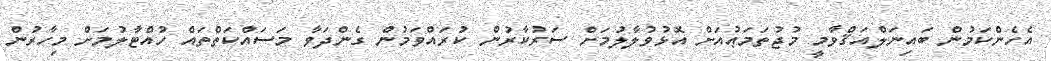
އެހެންކަމުން ބައިނަލްއަޤްވާމީ މުޖުތަމަޢުއަށް އޮޅުވުލާލުމަށް ސަރުކާރުން ކުރައްވަމުން ގެންދަވާ މަސައްކަތްތައް ހުއްޓާުލުމަށް މިހާރުން